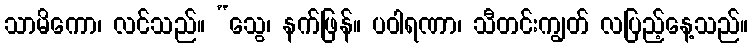
သာမိကော၊ လင်သည်။ “သွေ၊ နက်ဖြန်။ ပဝါရဏာ၊ သီတင်းကျွတ် လပြည့်နေ့သည်။